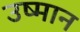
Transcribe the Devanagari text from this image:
उष्मान